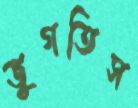
ভুগতিস